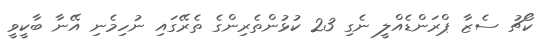
ކޯޗު ސެޒާ ޕްރަންޑެއްލީ ނެގި 23 ކުޅުންތެރިންގެ ތެރޭގައި ނުހިމެނި އޭނާ ބާކީވީ